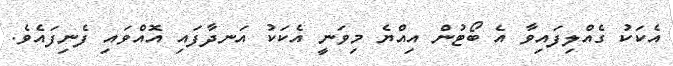
އެކަކު ގެއްލިފައިވާ އެ ބޯޓުން އިއްޔެ މިވަނީ އެކަކު އަނދާފައި އޮއްވައި ފެނިފައެވެ.